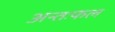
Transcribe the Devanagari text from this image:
अन्तःफल